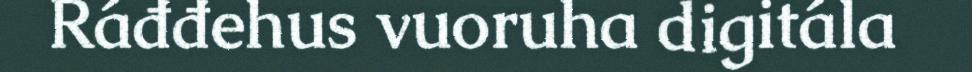
Ráđđehus vuoruha digitála